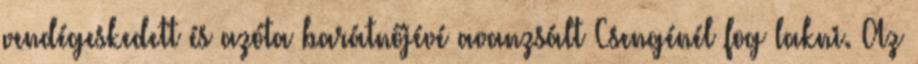
vendégeskedett és azóta barátnőjévé avanzsált Csengénél fog lakni. Az